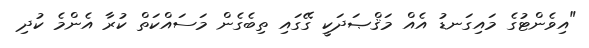
"އިވެންޓުގެ މައިގަނޑު އެއް މަޤްޞަދަކީ ގޭގައި ތިބެގެން މަސައްކަތް ކުރާ އެންމެ ކުދި